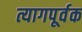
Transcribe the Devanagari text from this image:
त्यागपूर्वक